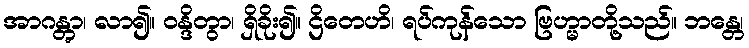
အာဂန္တွာ၊ လာ၍။ ဝန္ဒိတွာ၊ ရှိခိုး၍။ ဌိတေဟိ၊ ရပ်ကုန်သော ဗြဟ္မာတို့သည်။ ဘန္တေ၊